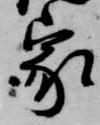
家